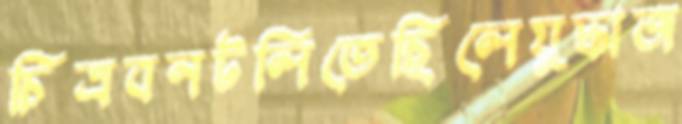
চিত্রবনটলিতেছিলেযুদ্ধাজ